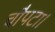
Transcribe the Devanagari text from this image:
चौपटा।